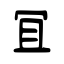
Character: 冝